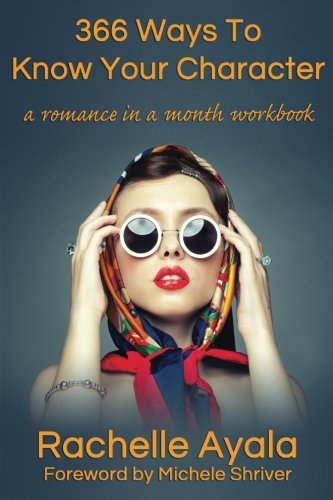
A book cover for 366 Ways To Know Your Character: A Romance In A Month Daily Writing Workbook; Rachelle Ayala; Romance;